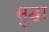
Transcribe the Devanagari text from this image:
सुद्घा